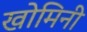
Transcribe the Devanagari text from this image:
खोमिनी